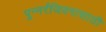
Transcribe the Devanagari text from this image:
पुन्नर्रंजिवनासाठी